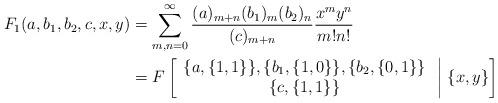
LaTeX: \begin{align*}F_1 (a,b_1,b_2,c,x,y) &= \sum_{m,n=0}^\infty \frac{(a)_{m+n} (b_1)_m (b_2)_n}{(c)_{m+n}} \frac{x^m y^n}{m!n!}\\&= F\left[ \begin{array}{c}\{a,\{1,1\}\}, \{b_1,\{1,0\}\}, \{b_2,\{0,1\}\}\\\{c,\{1,1\}\}\end{array}\;\middle|\;\{x,y\} \right]\end{align*}